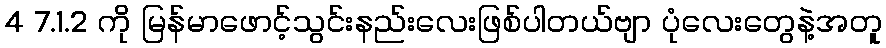
4 7.1.2 ကို မြန်မာဖောင့်သွင်းနည်းလေးဖြစ်ပါတယ်ဗျာ ပုံလေးတွေနဲ့အတူ